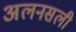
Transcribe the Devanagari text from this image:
अलनसली